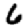
Digit: 6